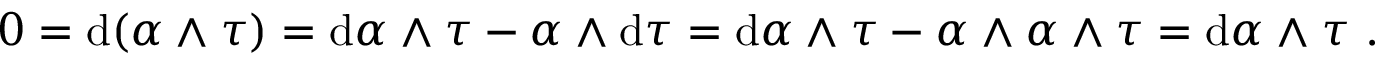
\begin{array} { r } { 0 = \mathrm { d } ( \alpha \wedge \tau ) = \mathrm { d } \alpha \wedge \tau - \alpha \wedge \mathrm { d } \tau = \mathrm { d } \alpha \wedge \tau - \alpha \wedge \alpha \wedge \tau = \mathrm { d } \alpha \wedge \tau \ . } \end{array}